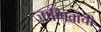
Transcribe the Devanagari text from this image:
जाणिवांची